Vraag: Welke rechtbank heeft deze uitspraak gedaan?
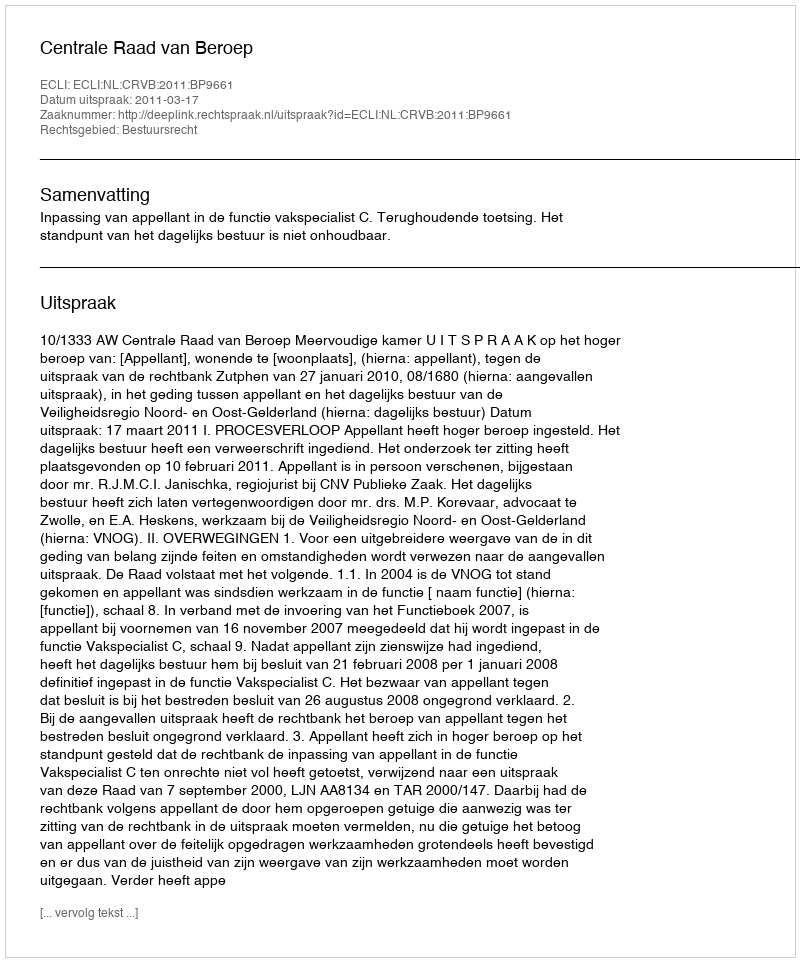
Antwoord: Centrale Raad van Beroep